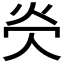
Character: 𪸖